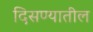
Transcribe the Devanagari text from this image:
दिसण्यातील